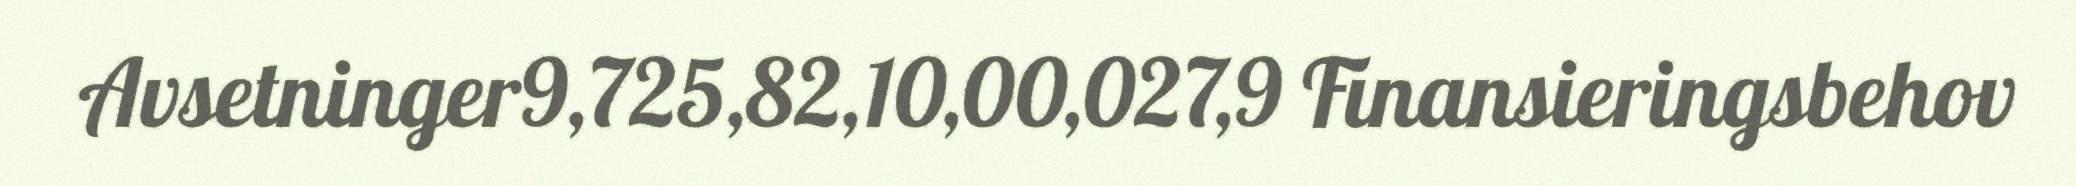
Avsetninger9,725,82,10,00,027,9 Finansieringsbehov